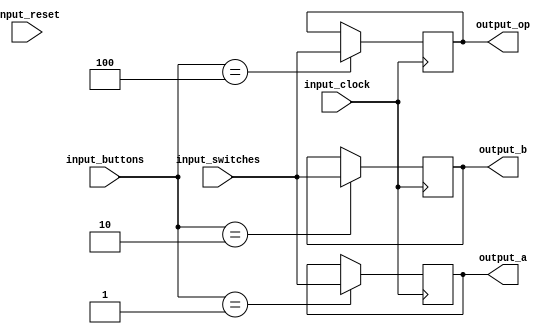
`timescale 1ns / 1ps
//////////////////////////////////////////////////////////////////////////////////
// Company: 
// Engineer: 
// 
// Design Name: 
// Module Name: interfaces
// Project Name: 
// Target Devices: 
// Tool Versions: 
// Description: 
// 
// Dependencies: 
// 
// Revision:
// Revision 0.01 - File Created
// Additional Comments:
// 
//////////////////////////////////////////////////////////////////////////////////


module interfaces#(
    parameter N = 8,
    parameter N_op = 6,
    parameter N_switches = 3
    )(
    input wire signed [N - 1:0] input_switches,
    input wire [N_switches - 1:0] input_buttons,
    input wire input_clock,
    input wire input_reset,
    output reg signed [N-1:0]output_a,
    output reg signed [N-1:0]output_b,
    output reg signed [N-1:0]output_op
    );
    
    always@(posedge input_clock)begin
        if(input_buttons == 1) begin
            output_a <= input_switches;
        end
        if(input_buttons == 2) begin
            output_b <= input_switches;
        end
        if(input_buttons == 4) begin
            output_op <= input_switches;
        end
        
    end
    
    
endmodule